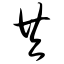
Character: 共